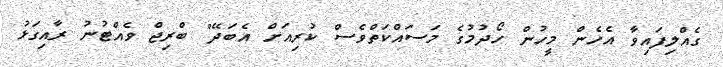
ގެއްލިފައިވާ އެހެން މީހުން ހޯދުމުގެ މަސައްކަތްވެސް ކުރިއަށް އެބަދޭ" ބްރިޖް ވެއްޓުނު ރާއިގަޅު